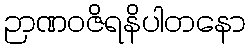
ဉာဏဝဇိရနိပါတနော